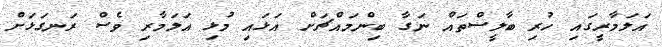
އަލަމާރީގައި ހުރި ބާލީސްތައް ނަގާ ބިންމައްޗަށް އަޅައި މުޅި އަލަމާރި ވެސް ރަނގަޅަށް